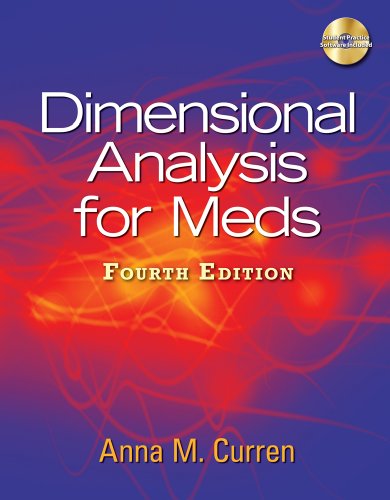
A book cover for Dimensional Analysis for Meds, 4th Edition; Anna M. Curren; Medical Books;